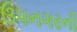
ઉપનગરની